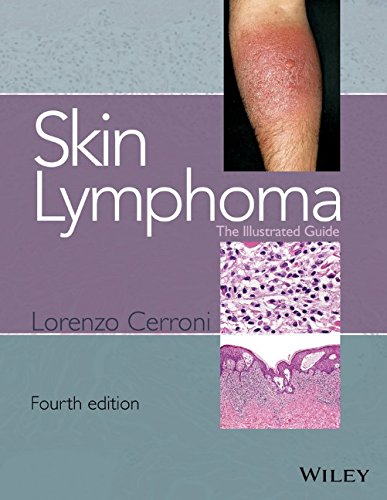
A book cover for Skin Lymphoma: The Illustrated Guide; Lorenzo Cerroni; Health, Fitness & Dieting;